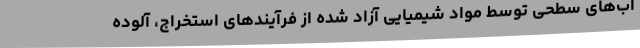
آب‌های سطحی توسط مواد شیمیایی آزاد شده از فرآیندهای استخراج، آلوده